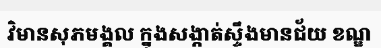
វិមានសុភមង្គល ក្នុងសង្កាត់ស្ទឹងមានជ័យ ខណ្ឌ